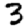
Digit: 3